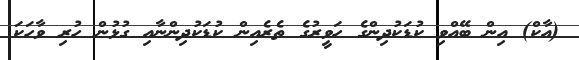
(އާކް) އިން ބޭއްވި ކުޑަކުދިންގެ ހަވީރުގެ ތެރެއިން ކުޑަކުދިންނާއި ގުޅުން ހުރި ވާހަކަ